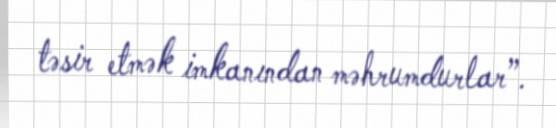
təsir etmək imkanından məhrumdurlar”.